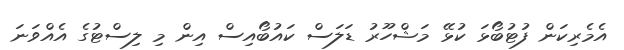
އެމެރިކަން ފުޓުބޯޅަ ކުޅޭ މަޝްހޫރު ޑަލަސް ކައުބޯއިސް އިން މި ލިސްޓުގެ އެއްވަނަ